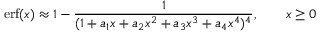
\operatorname { e r f } ( x ) \approx 1 - { \frac { 1 } { ( 1 + a _ { 1 } x + a _ { 2 } x ^ { 2 } + a _ { 3 } x ^ { 3 } + a _ { 4 } x ^ { 4 } ) ^ { 4 } } } , \qquad x \geq 0